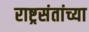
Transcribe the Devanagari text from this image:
राष्ट्रसंतांच्या